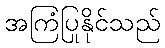
အကြံပြုနိုင်သည်